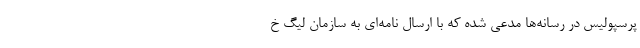
پرسپولیس در رسانه‌ها مدعی شده که با ارسال نامه‌ای به سازمان لیگ خ